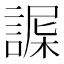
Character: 𧩴